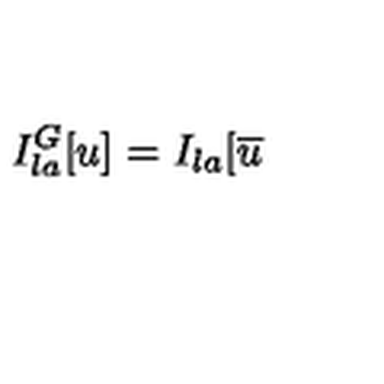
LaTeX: I _ { l a } ^ { G } [ u ] = I _ { l a } [ \overline { { u } }